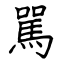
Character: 駡